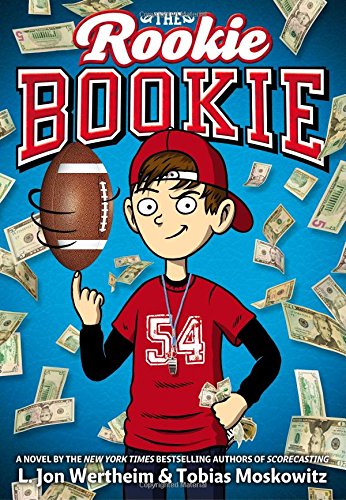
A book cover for The Rookie Bookie; L. Jon Wertheim; Children's Books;